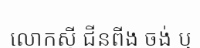
លោកស៊ី ជីនពីង ចង់ ឬ